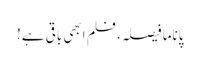
پاناما فیصلہ، فلم ابھی باقی ہے!